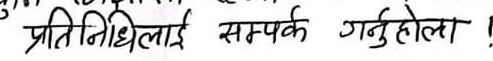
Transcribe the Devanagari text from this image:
प्रतिनिधिलाई सम्पर्क गर्नुहोला !